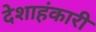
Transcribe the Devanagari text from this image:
देशाहंकारी